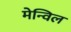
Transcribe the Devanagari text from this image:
मेन्विल